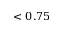
< 0 . 7 5